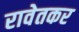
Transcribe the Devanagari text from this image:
रावेतकर